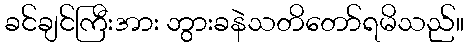
ခင်ချင်ကြီးအား ဘွားခနဲသတိတော်ရမိသည်။